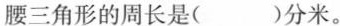
腰三角形的周长是( )分米。